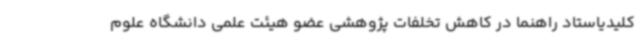
کلیدیاستاد راهنما در کاهش تخلفات پژوهشی عضو هیئت علمی دانشگاه علوم